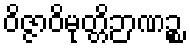
ဝိဇ္ဇာဝိမုတ္တိဉာဏဉ္စ